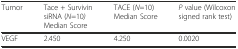
<table><thead><tr><td><b>Tumor</b></td><td><b>Tace + Survivin siRNA (<i>N</i>=10<i>)</i> Median Score</b></td><td><b>TACE (<i>N</i>=10) Median Score</b></td><td><b><i>P</i> value (Wilcoxon signed rank test)</b></td></tr></thead><tbody><tr><td>VEGF</td><td>2.450</td><td>4.250</td><td>0.0020</td></tr></tbody></table>